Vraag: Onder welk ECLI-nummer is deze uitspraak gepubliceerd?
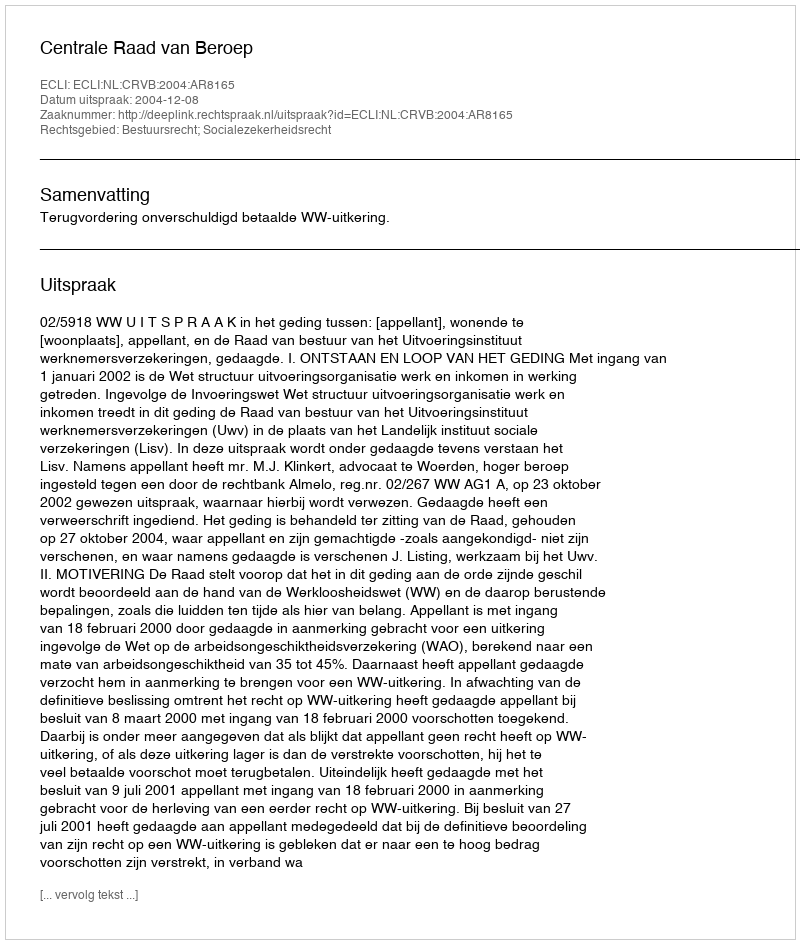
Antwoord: ECLI:NL:CRVB:2004:AR8165